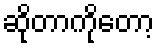
ဆိုတာကိုတော့